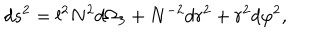
d s ^ { 2 } = l ^ { 2 } N ^ { 2 } d \Omega _ { 3 } + N ^ { - 2 } d r ^ { 2 } + r ^ { 2 } d \varphi ^ { 2 } ,